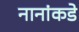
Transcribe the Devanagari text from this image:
नानांकडे